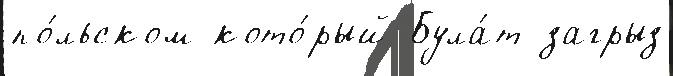
по́льском кото́рый Була́т загрыз